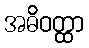
အဓိဝတ္ထာ